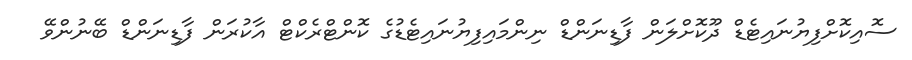
ސޮއިކޮށްފިޔުނައިޓެޑް ދޫކޮށްލަން ފާޑިނަންޑް ނިންމައިފިޔުނައިޓެޑުގެ ކޮންޓްރެކްޓް އާކުރަން ފާޑިނަންޑް ބޭނުންވޭ